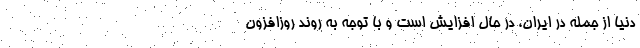
دنیا از جمله در ایران، در حال افزایش است و با توجه به روند روزافزون